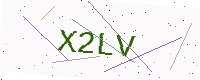
Text: X2LV